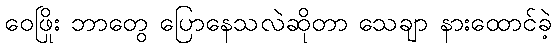
ဝေဖြိုး ဘာတွေ ပြောနေသလဲဆိုတာ သေချာ နားထောင်ခဲ့